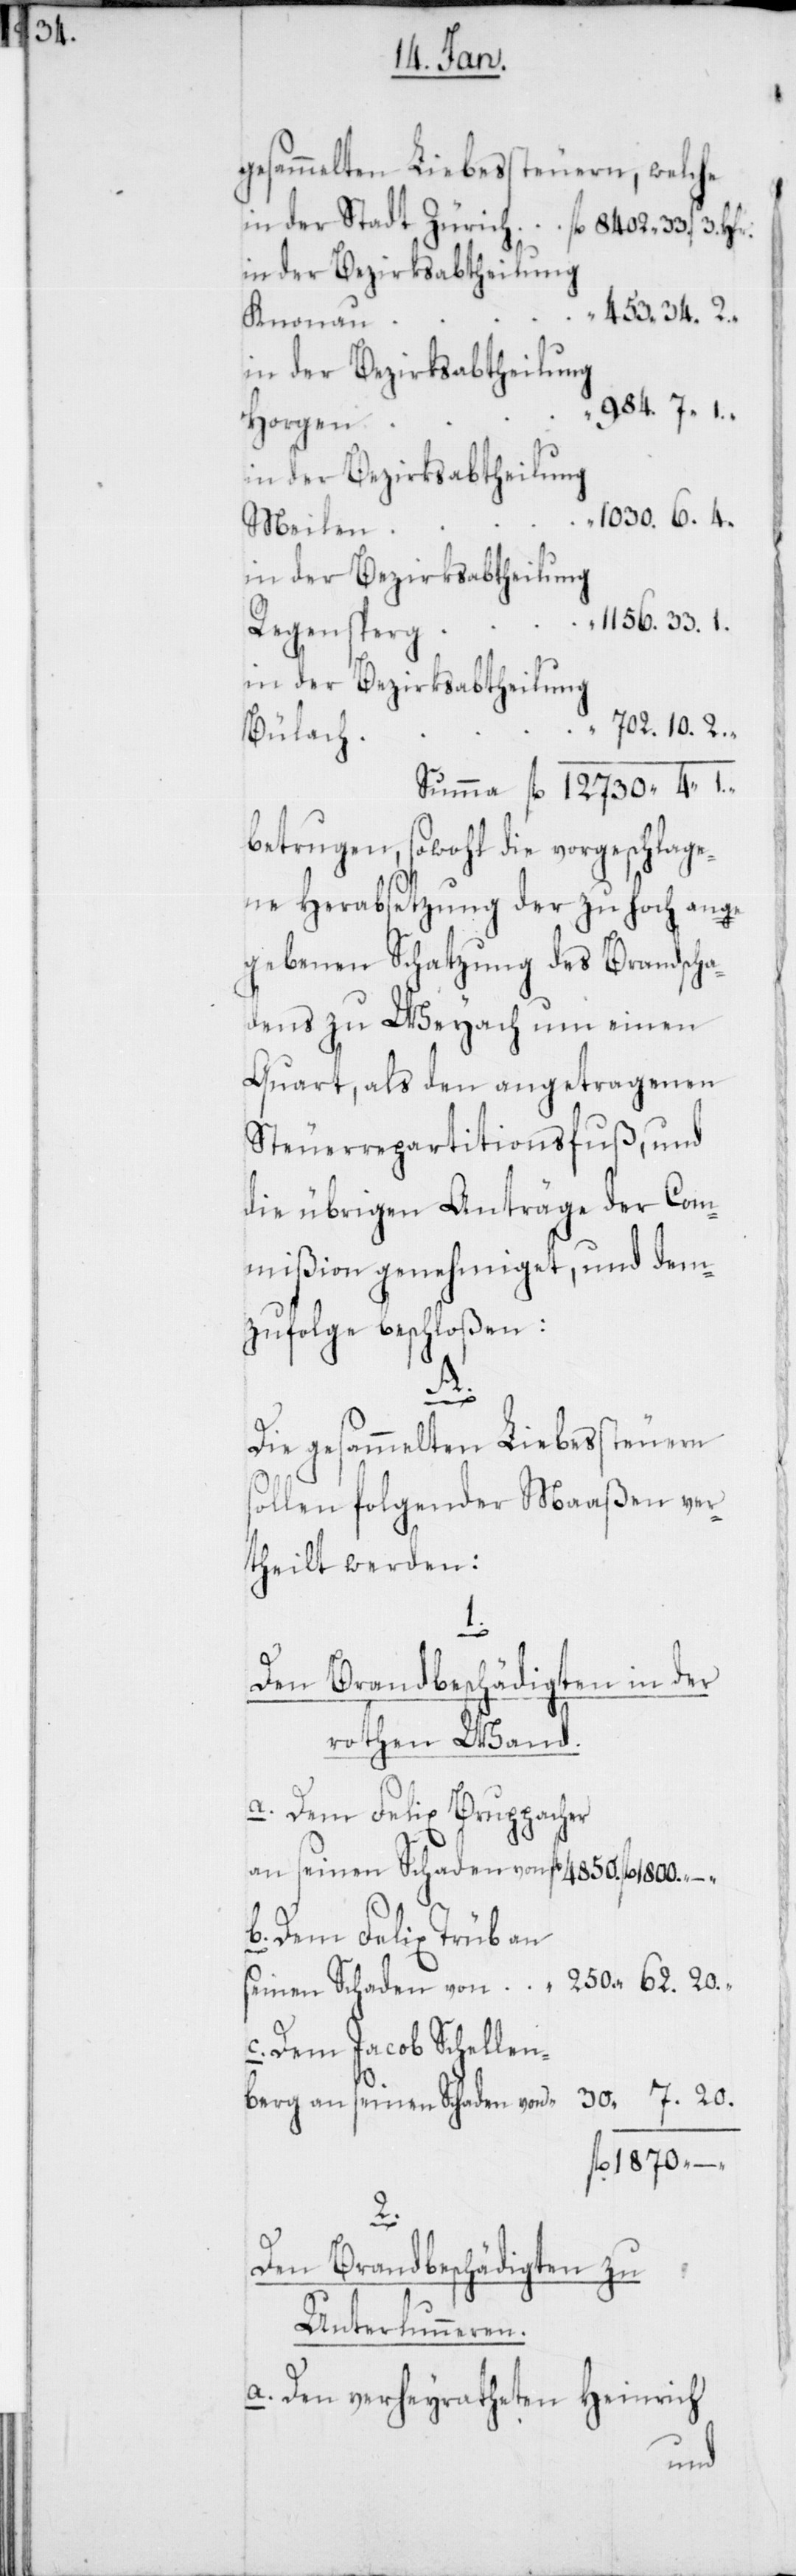
984.

gesammelten Liebessteuern, welche
Knonau
in der Bezirksabtheilung
Horgen
Meilen
1156.33.
Regensberg
in der Bezirksabtheilung
702.10.
Bülach
betrugen, sowohl die vorgeschlage¬
ne Herabsetzung der zu hoch ange¬
gebenen Schatzung des Brandscha¬
dens zu Weyach um einen
Quart, als den angetragenen
Steuerrepartitionsfuß, und
die übrigen Anträge der Com¬
mißion genehmiget, und dem¬
zufolge beschloßen:
A.
Die gesammelten Liebessteuern
sollen folgender Maßen ver¬
theilt werden:
a.
Den Brandbeschädigten in der
rothen Wand.
Dem Felix Bruppacher
an seinen Schaden von
Dem Felix Trüb
Dem Jacob Schellen¬
“
berg an seinen Schaden von
1870 –
2.
Den Brandbeschädigten zu
Unterlunnern.
Den verheyratheten Heinrich